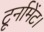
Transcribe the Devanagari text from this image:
टूर्नामेंट।